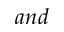
a n d